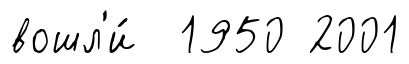
вошл'и́ 1950 2001